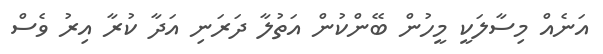
އަނެއް މިސާލަކީ މީހުން ބޭންކުން އަތުލާ ދަރަނި އަދާ ކުރާ އިރު ވެސް